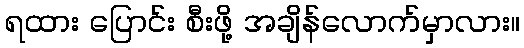
ရထား ပြောင်း စီးဖို့ အချိန်လောက်မှာလား။